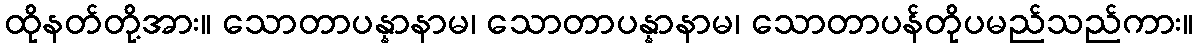
ထိုနတ်တို့အား။ သောတာပန္နာနာမ၊ သောတာပန္နာနာမ၊ သောတာပန်တိုပမည်သည်ကား။